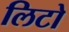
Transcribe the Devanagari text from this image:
लिटो